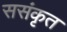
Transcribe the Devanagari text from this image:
ससंकृत